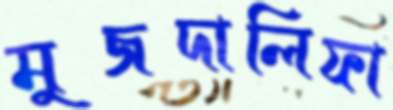
মুজদালিফা